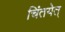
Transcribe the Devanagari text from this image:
चिंतयेत्